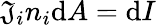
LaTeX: \mathfrak{J}_{i}n_{i}\mathrm{{d}}A=\mathrm{{d}}I\,